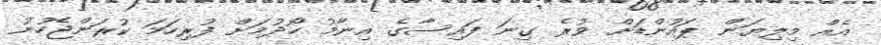
އެއް މިލިޔަން ޕައުންޑަށް ވުރެ ގިނަ ފައިސާގެ އިނާމު ހޯދުމަށް ފުރިހަމަ ކުރަންޖެހުނު